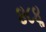
૪૮૪ૢ